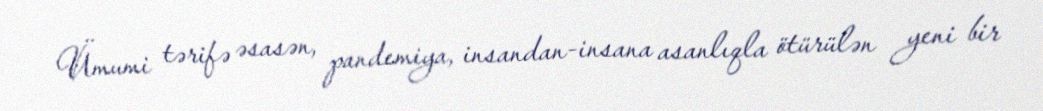
Ümumi tərifə əsasən, pandemiya, insandan-insana asanlıqla ötürülən yeni bir